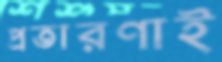
প্রতারণাই